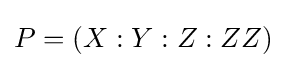
P=(X:Y:Z:ZZ)